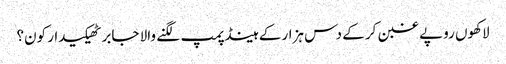
لاکھوں روپے غبن کر کے دس ہزار کے ہینڈ پمپ لگنے والا جابر ٹھیکیدار کون؟